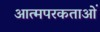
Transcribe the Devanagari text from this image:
आत्मपरकताओं